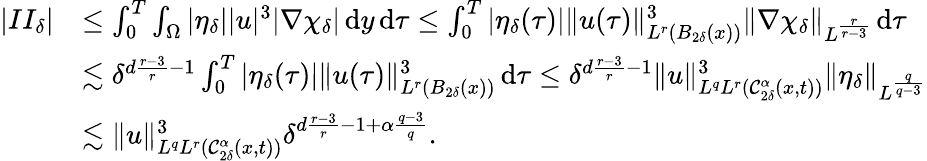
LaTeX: \begin{array}{rl}{|II_{\delta}|}&{\leq\int_{0}^{T}\int_{\Omega}|\eta_{\delta}||u|^{3}|\nabla\chi_{\delta}|\, \mathrm{d}y\, \mathrm{d}\tau\leq\int_{0}^{T}|\eta_{\delta}(\tau)|\| u(\tau)\| _{L^{r}(B_{2\delta}(x))}^{3}\| \nabla\chi_{\delta}\| _{L^{\frac{r}{r-3}}}\, \mathrm{d}\tau}\\ &{\lesssim\delta^{d\frac{r-3}{r}-1}\int_{0}^{T}|\eta_{\delta}(\tau)|\| u(\tau)\| _{L^{r}(B_{2\delta}(x))}^{3}\, \mathrm{d}\tau\leq\delta^{d\frac{r-3}{r}-1}\| u\| _{L^{q}L^{r}(\mathcal{C}_{2\delta}^{\alpha}(x,t))}^{3}\| \eta_{\delta}\| _{L^{\frac{q}{q-3}}}}\\ &{\lesssim\| u\| _{L^{q}L^{r}(\mathcal{C}_{2\delta}^{\alpha}(x,t))}^{3}\delta^{d\frac{r-3}{r}-1+\alpha\frac{q-3}{q}}.}\end{array}